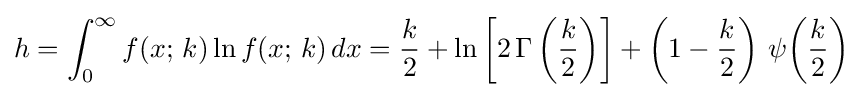
h=\int _{0}^{\infty }f(x;\,k)\ln f(x;\,k)\,dx={\frac {k}{2}}+\ln \left[2\,\Gamma \left({\frac {k}{2}}\right)\right]+\left(1-{\frac {k}{2}}\right)\,\psi \!\left({\frac {k}{2}}\right)